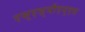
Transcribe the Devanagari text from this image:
एस्‌एस्‌पीएम्‌एस